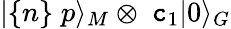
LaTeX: |\{ n\} \; p\rangle_{M}\otimes\; \mathtt{c}_{1}|0\rangle_{G}